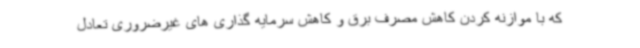
که با موازنه کردن کاهش مصرف برق و کاهش سرمایه گذاری های غیرضروری تعادل